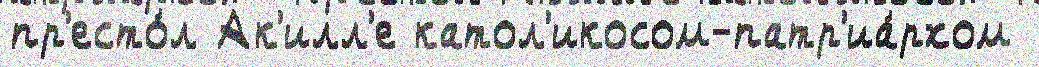
пр'есто́л Ак'илл'е катол'икосом-патр'иа́рхом